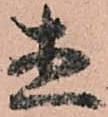
直